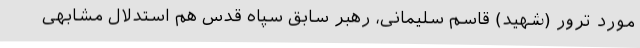
مورد ترور (شهید) قاسم سلیمانی، رهبر سابق سپاه قدس هم استدلال مشابهی